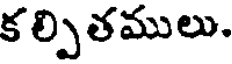
క ల్పితములు.